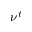
\nu ^ { t }